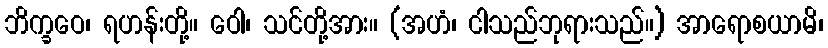
ဘိက္ခဝေ၊ ရဟန်းတို့။ ဝေါ၊ သင်တို့အား။ (အဟံ၊ ငါသည်ဘုရားသည်။) အာရောစယာမိ၊